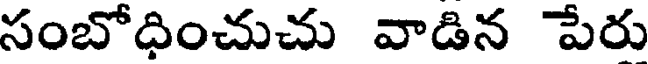
సంబోధించుచు వాడిన పేరు